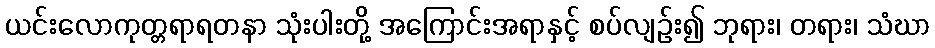
ယင်းလောကုတ္တရာရတနာ သုံးပါးတို့ အကြောင်းအရာနှင့် စပ်လျဉ်း၍ ဘုရား၊ တရား၊ သံဃာ